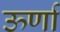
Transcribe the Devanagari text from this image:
ऊर्णा